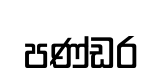
පණ්ඩර